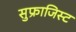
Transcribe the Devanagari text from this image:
सुफ्राजिस्ट